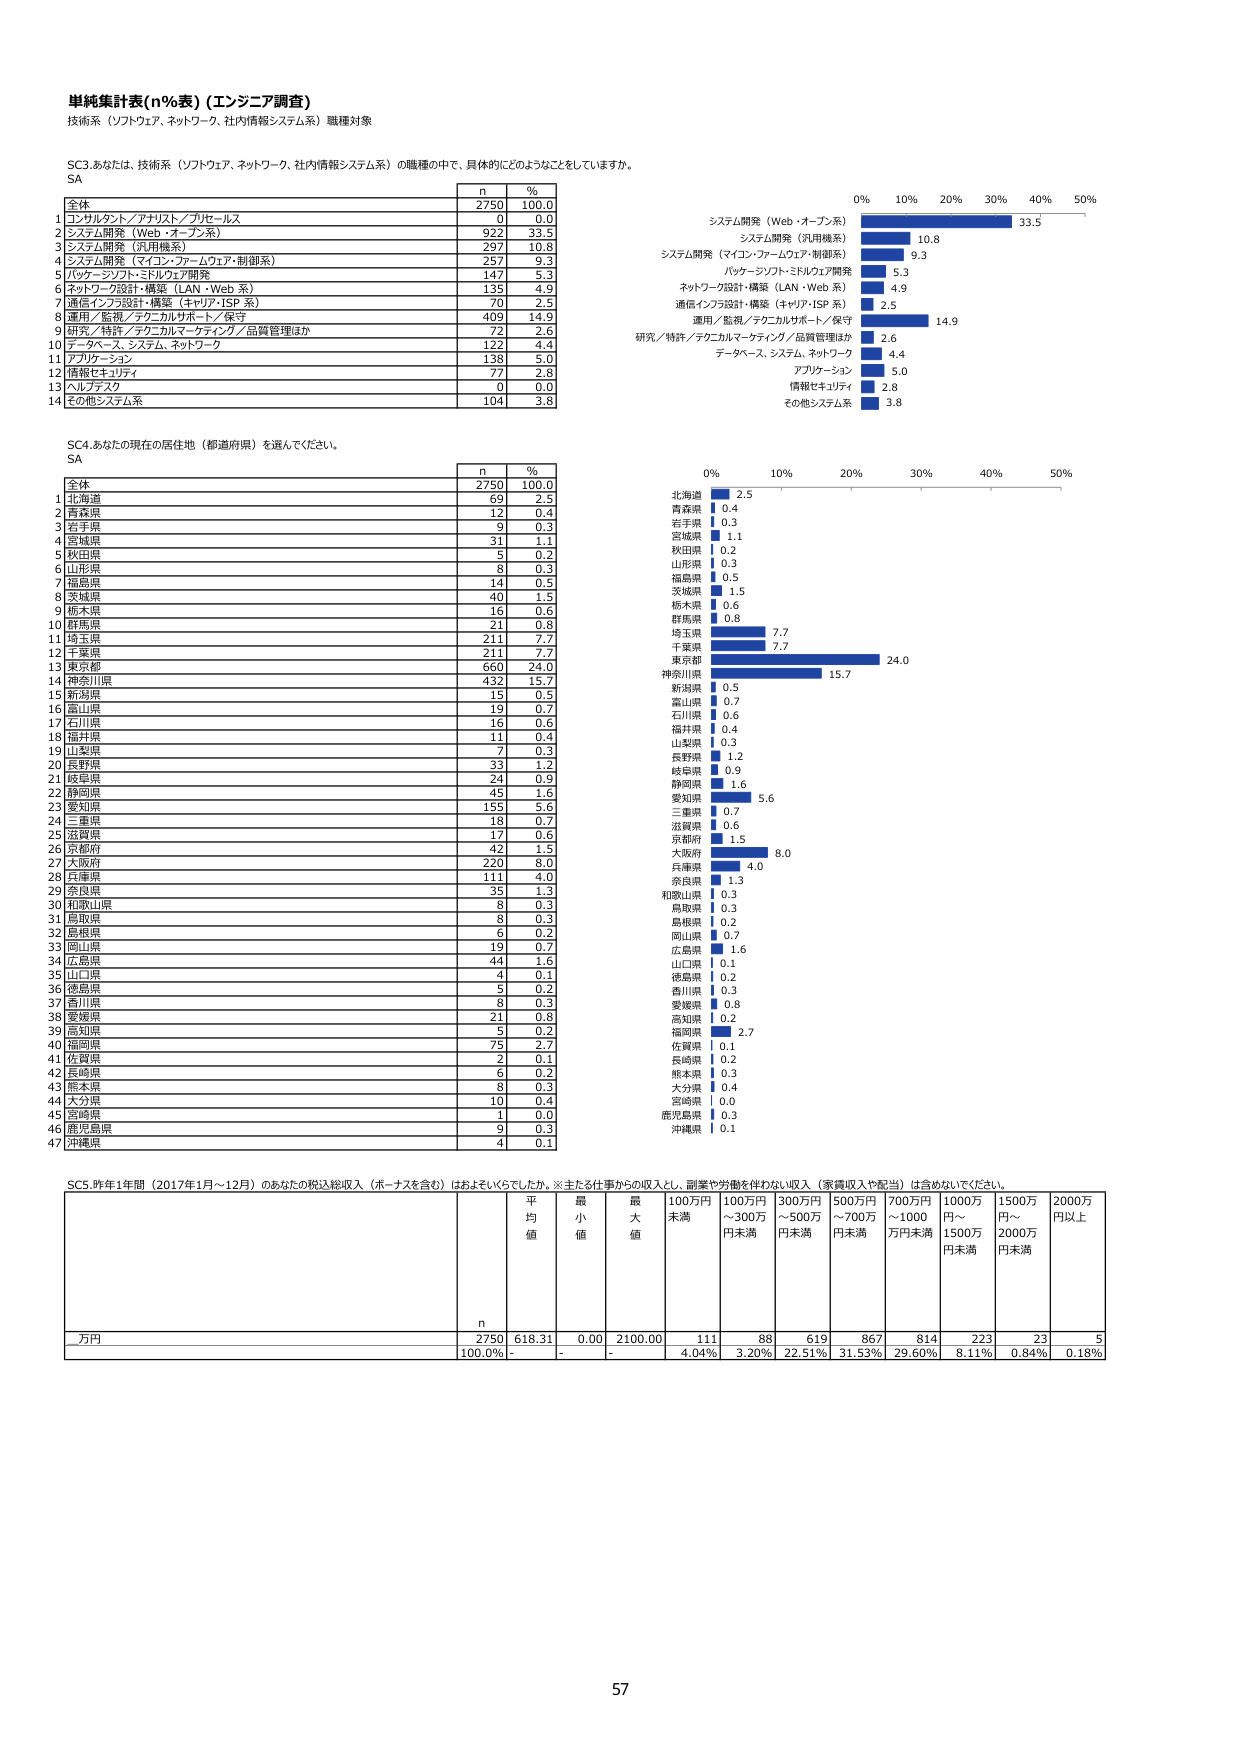
単純集計表(n%表) (エンジニア調査)
技術系（ソフトウェア、ネットワーク、社内情報システム系）職種対象

SC3.あなたは、技術系（ソフトウェア、ネットワーク、社内情報システム系）の職種の中で、具体的にどのようなことをしていますか。
SA

| | n | % |
|---|---|---|
| 全体 | 2750 | 100.0 |
| 1 コンサルタント／アナリスト／プロセールス | 0 | 0.0 |
| 2 システム開発（Web・オープン系） | 922 | 33.5 |
| 3 システム開発（汎用機系） | 297 | 10.8 |
| 4 システム開発（マイコン・ファームウェア・制御系） | 257 | 9.3 |
| 5 パッケージソフト・ミドルウェア開発 | 147 | 5.3 |
| 6 ネットワーク設計・構築（LAN・Web 系） | 135 | 4.9 |
| 7 通信インフラ設計・構築（キャリア・ISP 系） | 70 | 2.5 |
| 8 運用／監視／テクニカルサポート／保守 | 409 | 14.9 |
| 9 研究／特許／テクニカルマーケティング／品質管理ほか | 72 | 2.6 |
| 10 データベース、システム、ネットワーク | 122 | 4.4 |
| 11 アプリケーション | 138 | 5.0 |
| 12 情報セキュリティ | 77 | 2.8 |
| 13 ヘルプデスク | 0 | 0.0 |
| 14 その他システム系 | 104 | 3.8 |

SC4.あなたの現在の居住地（都道府県）を選んでください。
SA

| | n | % |
|---|---|---|
| 全体 | 2750 | 100.0 |
| 1 北海道 | 69 | 2.5 |
| 2 青森県 | 12 | 0.4 |
| 3 岩手県 | 9 | 0.3 |
| 4 宮城県 | 31 | 1.1 |
| 5 秋田県 | 5 | 0.2 |
| 6 山形県 | 8 | 0.3 |
| 7 福島県 | 14 | 0.5 |
| 8 茨城県 | 40 | 1.5 |
| 9 栃木県 | 16 | 0.6 |
| 10 群馬県 | 21 | 0.8 |
| 11 埼玉県 | 211 | 7.7 |
| 12 千葉県 | 211 | 7.7 |
| 13 東京都 | 660 | 24.0 |
| 14 神奈川県 | 432 | 15.7 |
| 15 新潟県 | 15 | 0.5 |
| 16 富山県 | 19 | 0.7 |
| 17 石川県 | 16 | 0.6 |
| 18 福井県 | 11 | 0.4 |
| 19 山梨県 | 7 | 0.3 |
| 20 長野県 | 33 | 1.2 |
| 21 岐阜県 | 24 | 0.9 |
| 22 静岡県 | 45 | 1.6 |
| 23 愛知県 | 155 | 5.6 |
| 24 三重県 | 18 | 0.7 |
| 25 滋賀県 | 17 | 0.6 |
| 26 京都府 | 42 | 1.5 |
| 27 大阪府 | 220 | 8.0 |
| 28 兵庫県 | 111 | 4.0 |
| 29 奈良県 | 35 | 1.3 |
| 30 和歌山県 | 8 | 0.3 |
| 31 鳥取県 | 8 | 0.3 |
| 32 島根県 | 6 | 0.2 |
| 33 岡山県 | 19 | 0.7 |
| 34 広島県 | 44 | 1.6 |
| 35 山口県 | 4 | 0.1 |
| 36 徳島県 | 5 | 0.2 |
| 37 香川県 | 8 | 0.3 |
| 38 愛媛県 | 21 | 0.8 |
| 39 高知県 | 5 | 0.2 |
| 40 福岡県 | 75 | 2.7 |
| 41 佐賀県 | 2 | 0.1 |
| 42 長崎県 | 6 | 0.2 |
| 43 熊本県 | 8 | 0.3 |
| 44 大分県 | 10 | 0.4 |
| 45 宮崎県 | 1 | 0.0 |
| 46 鹿児島県 | 9 | 0.3 |
| 47 沖縄県 | 4 | 0.1 |

SC5.昨年1年間（2017年1月～12月）のあなたの税込総収入（ボーナスを含む）はおよそいくらでしたか。※主たる仕事からの収入とし、副業や労働を伴わない収入（家賃収入や配当）は含めないでください。

| | n | 平均値 | 最小値 | 最大値 | 100万円未満 | 100万円～300万円未満 | 300万円～500万円未満 | 500万円～700万円未満 | 700万円～1000万円未満 | 1000万円～1500万円未満 | 1500万円～2000万円未満 | 2000万円以上 |
|---|---|---|---|---|---|---|---|---|---|---|---|---|
| 万円 | 2750 | 618.31 | 0.00 | 2100.00 | 111 | 98 | 619 | 867 | 814 | 223 | 23 | 5 |
| | | 100.0% | - | - | 4.04% | 3.20% | 22.51% | 31.53% | 29.60% | 8.11% | 0.84% | 0.18% |

0% 10% 20% 30% 40% 50%
システム開発（Web・オープン系） 33.5
システム開発（汎用機系） 10.8
システム開発（マイコン・ファームウェア・制御系） 9.3
パッケージソフト・ミドルウェア開発 5.3
ネットワーク設計・構築（LAN・Web 系） 4.9
通信インフラ設計・構築（キャリア・ISP 系） 2.5
運用／監視／テクニカルサポート／保守 14.9
研究／特許／テクニカルマーケティング／品質管理ほか 2.6
データベース、システム、ネットワーク 4.4
アプリケーション 5.0
情報セキュリティ 2.8
その他システム系 3.8

0% 10% 20% 30% 40% 50%
北海道 2.5
青森県 0.4
岩手県 0.3
宮城県 1.1
秋田県 0.2
山形県 0.3
福島県 0.5
茨城県 1.5
栃木県 0.6
群馬県 0.8
埼玉県 7.7
千葉県 7.7
東京都 24.0
神奈川県 15.7
新潟県 0.5
富山県 0.7
石川県 0.6
福井県 0.4
山梨県 0.3
長野県 1.2
岐阜県 0.9
静岡県 1.6
愛知県 5.6
三重県 0.7
滋賀県 0.6
京都府 1.5
大阪府 8.0
兵庫県 4.0
奈良県 1.3
和歌山県 0.3
鳥取県 0.3
島根県 0.2
岡山県 0.7
広島県 1.6
山口県 0.1
徳島県 0.2
香川県 0.3
愛媛県 0.8
高知県 0.2
福岡県 2.7
佐賀県 0.1
長崎県 0.2
熊本県 0.3
大分県 0.4
宮崎県 0.0
鹿児島県 0.3
沖縄県 0.1

57